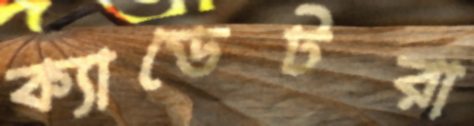
ক্যাডেটরা